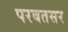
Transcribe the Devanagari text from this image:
परबतसर